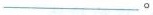
___。